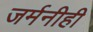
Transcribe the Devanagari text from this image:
जर्मनीही